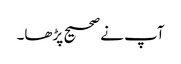
آپ نے صحیح پڑھا۔